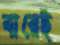
বারেই